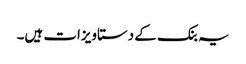
یہ بنک کے دستاویزات ہیں۔